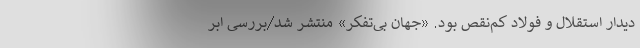
دیدار استقلال و فولاد کم‌نقص بود. «جهان بی‌تفکر» منتشر شد/بررسی ابر